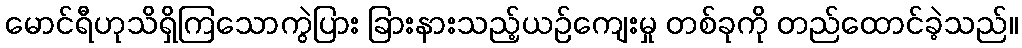
မောင်ရီဟုသိရှိကြသောကွဲပြား ခြားနားသည့်ယဉ်ကျေးမှု တစ်ခုကို တည်ထောင်ခဲ့သည်။